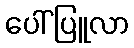
ပေါ်ပြူလာ